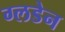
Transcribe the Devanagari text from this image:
ग्लडेन